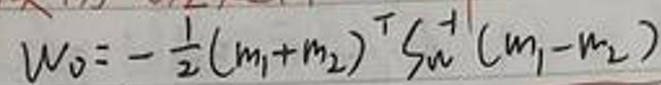
$W _ { 0 } = \frac { 1 } { 2 } ( m _ { 1 } + m _ { 2 } ) v _ { w } ^ { 2 } = \frac { 1 } { 2 } ( m _ { 1 } - m _ { 2 } )$